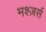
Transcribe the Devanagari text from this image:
मश्ज़र्स